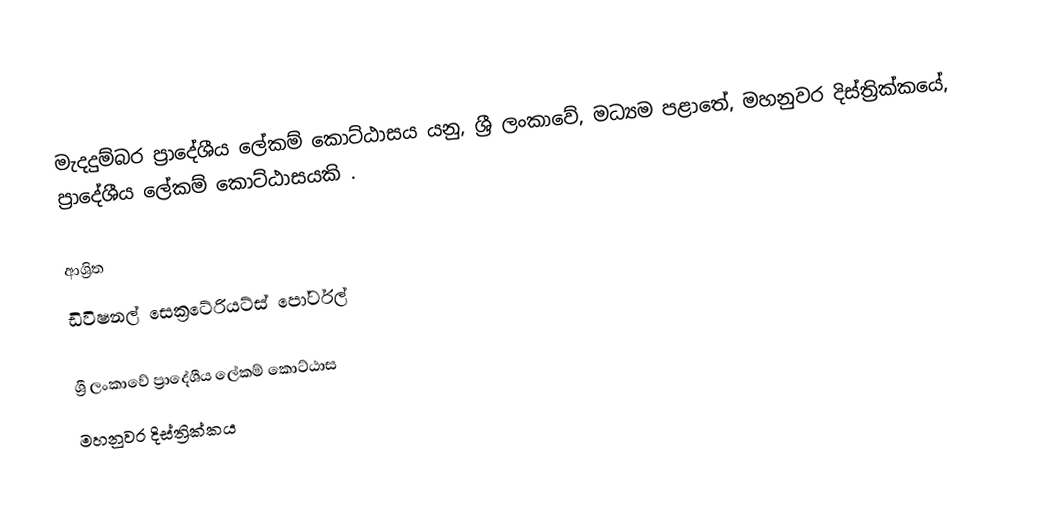
මැදදුම්බර ප්‍රාදේශීය ලේකම් කොට්ඨාසය යනු,  ශ්‍රී ලංකාවේ, මධ්‍යම පළාතේ,   මහනුවර දිස්ත්‍රික්කයේ, ප්‍රාදේශීය ලේකම් කොට්ඨාසයකි .

ආශ්‍රිත
 ඩිවිෂනල් සෙක්‍රටේරියට්ස් පෝර්ටල්

ශ්‍රී ලංකාවේ ප්‍රාදේශීය ලේකම් කොට්ඨාස
මහනුවර දිස්ත්‍රික්කය